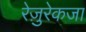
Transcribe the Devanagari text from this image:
रेज़ुरेकजा